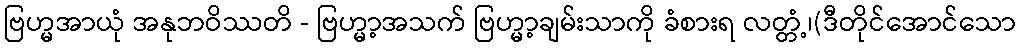
ဗြဟ္မအာယုံ အနုဘဝိဿတိ - ဗြဟ္မာ့အသက် ဗြဟ္မာ့ချမ်းသာကို ခံစားရ လတ္တံ့၊(ဒီတိုင်အောင်သော